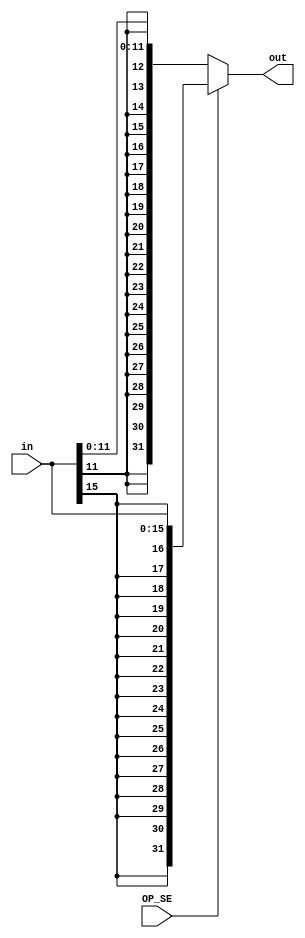
//Mdulo extensor de sinal (combinacional)
module signal_extender(in, OP_SE, out);

	input 	wire[15:0]	in;
	input 	wire		OP_SE;
	output	reg	[31:0]	out;

	/*
		Com OP_SE = 0, os 12 bits menos significativos so extendidos para 32 bits
		Com OP_SE = 1, os 16 bits menos significativos so extendidos para 32 bits
	*/
	always @(*) begin
		if(OP_SE == 1'b0) 		out = {{20{in[11]}}, in[11:0]};
		else if(OP_SE == 1'b1) 	out = {{16{in[15]}}, in[15:0]};
		else 					out = 32'b0;
	end

endmodule